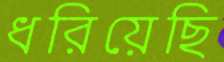
ধরিয়েছি